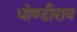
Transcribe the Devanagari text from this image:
धोण्डीराव